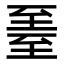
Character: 𬛳